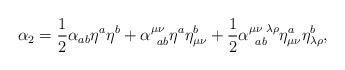
LaTeX: \begin{align*}\alpha _{2}=\frac{1}{2}\alpha _{ab}\eta ^{a}\eta ^{b}+\alpha _{\;\;ab}^{\mu\nu }\eta ^{a}\eta _{\mu \nu }^{b}+\frac{1}{2}\alpha _{\;\;ab}^{\mu \nu\;\lambda \rho }\eta _{\mu \nu }^{a}\eta _{\lambda \rho }^{b}, \end{align*}